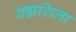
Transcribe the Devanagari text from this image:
ब्रह्मशिला